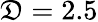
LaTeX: \mathfrak{D}=2.5